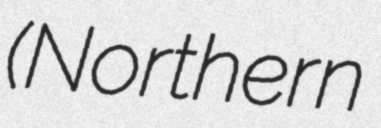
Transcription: (Northern